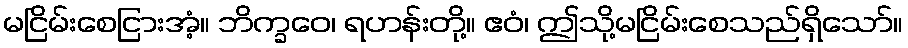
မငြိမ်းစေငြားအံ့။ ဘိက္ခဝေ၊ ရဟန်းတို့။ ဧဝံ၊ ဤသို့မငြိမ်းစေသည်ရှိသော်။